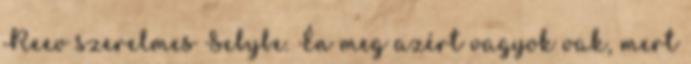
Reev szerelmes Sebybe. Én meg azért vagyok vak, mert